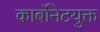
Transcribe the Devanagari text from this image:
कार्बोनेटयुक्त